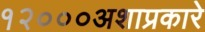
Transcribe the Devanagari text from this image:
१२०००अशाप्रकारे